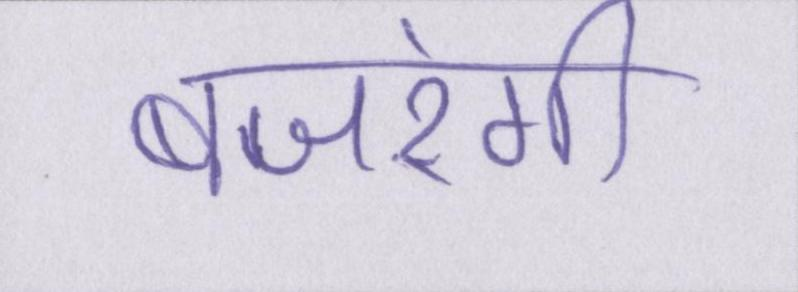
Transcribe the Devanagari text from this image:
बजरंगी